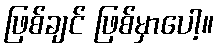
ဖြစ်ချင် ဖြစ်မှာပေါ့။